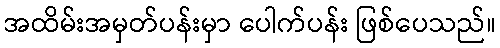
အထိမ်းအမှတ်ပန်းမှာ ပေါက်ပန်း ဖြစ်ပေသည်။